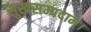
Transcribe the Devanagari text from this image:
सुखसम्पदाम्‌।